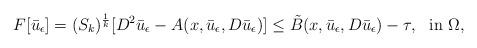
LaTeX: \begin{align*} F[\bar u_\epsilon]=(S_k)^{\frac{1}{k}}[D^2\bar u_\epsilon- A(x,\bar u_\epsilon,D\bar u_\epsilon)]\leq \tilde B(x,\bar u_\epsilon,D\bar u_\epsilon)-\tau, \ \ {\rm in}\ \Omega, \end{align*}